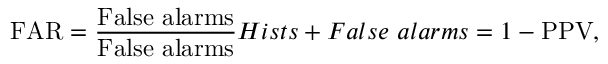
\mathrm { F A R } = \frac { \mathrm { F a l s e \ a l a r m s } } { \mathrm { F a l s e \ a l a r m s } } { H i s t s + F a l s e \ a l a r m s } = 1 - \mathrm { P P V } ,